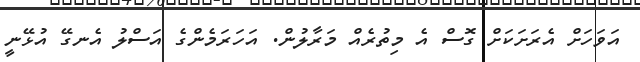
އަވަހަށް އެރަށަކަށް ގޮސް އެ މިތުރެއް މަރާލުން. އަހަރަމެންގެ އަސްލު އެނގޭ އުޅޭނީ